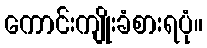
ကောင်းကျိုးခံစားရပုံ။